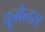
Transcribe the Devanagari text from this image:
वूमेनस